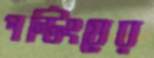
পন্টিংয়ের